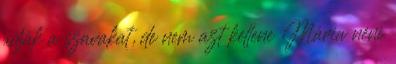
adják a szavakat, de nem azt kellene Mária néni